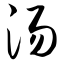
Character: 汤